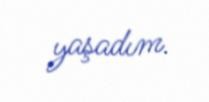
yaşadım.